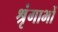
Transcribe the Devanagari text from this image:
श्रृंगाभों